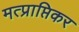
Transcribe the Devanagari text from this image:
मत्प्राप्तिकर